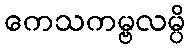
ကေသကမ္ဗလမ္ပိ